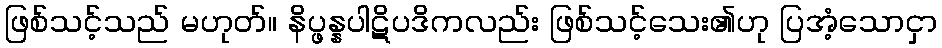
ဖြစ်သင့်သည် မဟုတ်။ နိပ္ဖန္နပါဋိပဒိကလည်း ဖြစ်သင့်သေး၏ဟု ပြအံ့သောငှာ